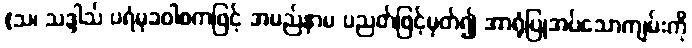
(သ၊ သဒ္ဒါသ် ပရံမုခဝါစကဖြင့် အမည်နာမ ပညတ်ဖြင့်မှတ်၍ အာရုံပြုအပ်သောကျမ်းကို